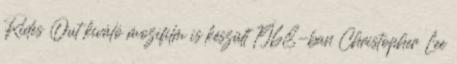
Rides Out kiváló mozifilm is készült 1968-ban Christopher Lee